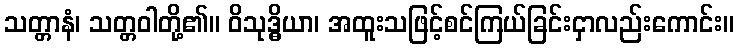
သတ္တာနံ၊ သတ္တဝါတို့၏။ ဝိသုဒ္ဓိယာ၊ အထူးသဖြင့်စင်ကြယ်ခြင်းငှာလည်းကောင်း။